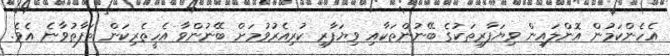
އެހެންކަމުން އޮންލައިން ވިޔަފާރިތަކުގެ ބޭނުންތަކާއި ވިޔަފާރި ކުރިއެރުވުމަށް ބޭނުންވާ އެހީތެރިކަން ތަފާތުވާނެ އެވެ.